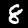
Label: 8